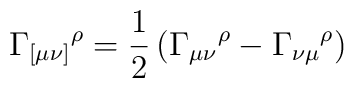
\Gamma _{[\mu \nu ]}{}^{\rho }=\frac{1}{2}\left( \Gamma _{\mu \nu }{}^{\rho }-\Gamma _{\nu \mu }{}^{\rho }\right)